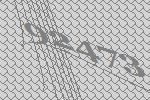
92473